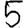
Digit: 5